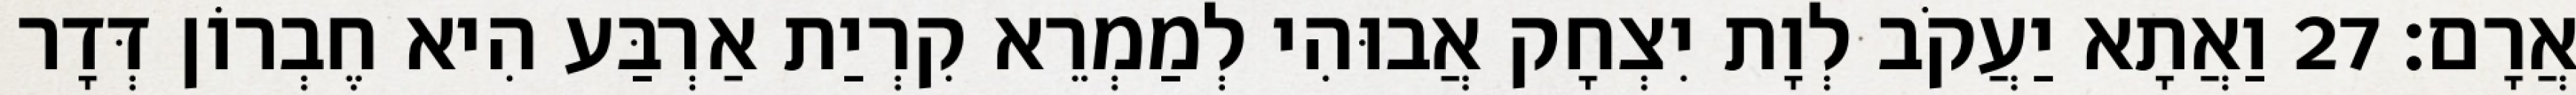
אֲרָם׃ 27 וַאֲתָא יַעֲקֹב לְוָת יִצְחָק אֲבוּהִי לְמַמְרֵא קִרְיַת אַרְבַּע הִיא חֶבְרוֹן דְּדָר